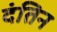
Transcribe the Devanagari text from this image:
दंतिन